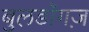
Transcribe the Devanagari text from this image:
बुलडॉगज़